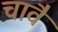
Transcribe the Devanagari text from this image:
चावै